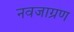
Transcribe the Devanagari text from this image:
नवजाग्रण